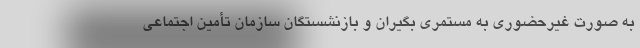
به صورت غیرحضوری به مستمری بگیران و بازنشستگان سازمان تأمین اجتماعی